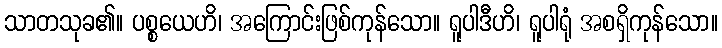
သာတသုခ၏။ ပစ္စယေဟိ၊ အကြောင်းဖြစ်ကုန်သော။ ရူပါဒီဟိ၊ ရူပါရုံ အစရှိကုန်သော။